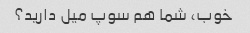
خوب، شما هم سوپ میل دارید؟